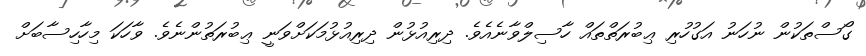
ގޯސްތަކުން ނުހަނު އަގުހުރި ޢިބުރަތްތައް ހާސިލްވާނެއެވެ. ދިރިއުޅުން ދިރިއުޅުމަކަށްވަނީ ޢިބުރަތުންނެވެ. ވާހަކަ މިހާހިސާބަށް